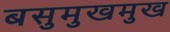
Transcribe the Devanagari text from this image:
बसुमुखमुख